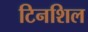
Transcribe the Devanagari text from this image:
टिनशिल